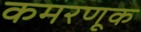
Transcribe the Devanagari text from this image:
कमरणूक